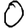
Digit: 0